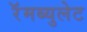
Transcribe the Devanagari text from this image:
रॅमब्युलेट